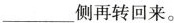
___侧再转回来。